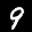
Label: 9